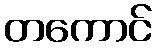
တကောင်